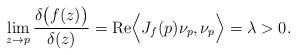
LaTeX: \begin{align*} \lim_{z\rightarrow p}\frac{\delta\big(f(z)\big)}{\delta(z)}={\rm{Re}}\Big\langle J_f(p)\nu_p, \nu_p\Big\rangle=\lambda>0. \end{align*}